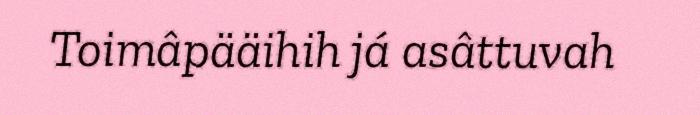
Toimâpääihih já asâttuvah